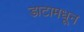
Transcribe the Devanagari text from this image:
डाटामधून